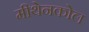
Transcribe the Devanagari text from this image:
मीथेनकोल